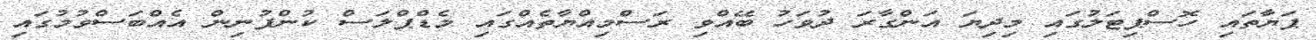
ޕަޔާތައި ހޮސްޕިޓަލުގައި މިދިޔަ އަންގާރަ ދުވަހު ބޭއްވި ރަސްމިއްޔާތެއްގައި މެޑްޕްލަސް ކުންފުނިން އެއްބަސްވުމުގައި